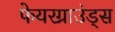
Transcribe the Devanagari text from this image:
फेयरग्राउंड्स